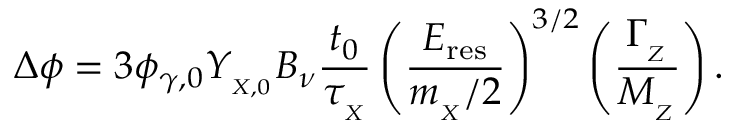
\Delta \phi = 3 \phi _ { \gamma , 0 } Y _ { _ { X , 0 } } B _ { \nu } { \frac { t _ { 0 } } { \tau _ { _ X } } } \left( \frac { E _ { \mathrm { r e s } } } { m _ { _ X } / 2 } \right) ^ { 3 / 2 } \left( \frac { \Gamma _ { _ Z } } { M _ { _ Z } } \right) .